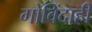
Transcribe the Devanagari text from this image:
गोविंदाही